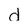
Character: d